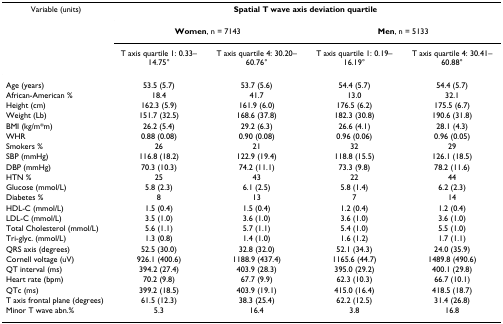
<table><thead><tr><td><b>Variable (units)</b></td><td colspan="4"><b>Spatial T wave axis deviation quartile</b></td></tr><tr><td></td><td colspan="2"><b>Women, n = 7143</b></td><td colspan="2"><b>Men, n = 5133</b></td></tr><tr><td></td><td><b>T axis quartile 1: 0.33–14.75°</b></td><td><b>T axis quartile 4: 30.20–60.76°</b></td><td><b>T axis quartile 1: 0.19–16.19°</b></td><td><b>T axis quartile 4: 30.41–60.88°</b></td></tr></thead><tbody><tr><td>Age (years)</td><td>53.5 (5.7)</td><td>53.7 (5.6)</td><td>54.4 (5.7)</td><td>54.4 (5.7)</td></tr><tr><td>African-American %</td><td>18.4</td><td>41.7</td><td>13.0</td><td>32.1</td></tr><tr><td>Height (cm)</td><td>162.3 (5.9)</td><td>161.9 (6.0)</td><td>176.5 (6.2)</td><td>175.5 (6.7)</td></tr><tr><td>Weight (Lb)</td><td>151.7 (32.5)</td><td>168.6 (37.8)</td><td>182.3 (30.8)</td><td>190.6 (31.8)</td></tr><tr><td>BMI (kg/m*m)</td><td>26.2 (5.4)</td><td>29.2 (6.3)</td><td>26.6 (4.1)</td><td>28.1 (4.3)</td></tr><tr><td>WHR</td><td>0.88 (0.08)</td><td>0.90 (0.08)</td><td>0.96 (0.06)</td><td>0.96 (0.05)</td></tr><tr><td>Smokers %</td><td>26</td><td>21</td><td>32</td><td>29</td></tr><tr><td>SBP (mmHg)</td><td>116.8 (18.2)</td><td>122.9 (19.4)</td><td>118.8 (15.5)</td><td>126.1 (18.5)</td></tr><tr><td>DBP (mmHg)</td><td>70.3 (10.3)</td><td>74.2 (11.1)</td><td>73.3 (9.8)</td><td>78.2 (11.6)</td></tr><tr><td>HTN %</td><td>25</td><td>43</td><td>22</td><td>44</td></tr><tr><td>Glucose (mmol/L)</td><td>5.8 (2.3)</td><td>6.1 (2.5)</td><td>5.8 (1.4)</td><td>6.2 (2.3)</td></tr><tr><td>Diabetes %</td><td>8</td><td>13</td><td>7</td><td>14</td></tr><tr><td>HDL-C (mmol/L)</td><td>1.5 (0.4)</td><td>1.5 (0.4)</td><td>1.2 (0.4)</td><td>1.2 (0.4)</td></tr><tr><td>LDL-C (mmol/L)</td><td>3.5 (1.0)</td><td>3.6 (1.0)</td><td>3.6 (1.0)</td><td>3.6 (1.0)</td></tr><tr><td>Total Cholesterol (mmol/L)</td><td>5.6 (1.1)</td><td>5.7 (1.1)</td><td>5.4 (1.0)</td><td>5.5 (1.0)</td></tr><tr><td>Tri-glyc. (mmol/L)</td><td>1.3 (0.8)</td><td>1.4 (1.0)</td><td>1.6 (1.2)</td><td>1.7 (1.1)</td></tr><tr><td>QRS axis (degrees)</td><td>52.5 (30.0)</td><td>32.8 (32.0)</td><td>52.1 (34.3)</td><td>24.0 (35.9)</td></tr><tr><td>Cornell voltage (uV)</td><td>926.1 (400.6)</td><td>1188.9 (437.4)</td><td>1165.6 (44.7)</td><td>1489.8 (490.6)</td></tr><tr><td>QT interval (ms)</td><td>394.2 (27.4)</td><td>403.9 (28.3)</td><td>395.0 (29.2)</td><td>400.1 (29.8)</td></tr><tr><td>Heart rate (bpm)</td><td>70.2 (9.8)</td><td>67.7 (9.9)</td><td>62.3 (10.3)</td><td>66.7 (10.1)</td></tr><tr><td>QTc (ms)</td><td>399.2 (18.5)</td><td>403.9 (19.1)</td><td>415.0 (16.4)</td><td>418.5 (18.7)</td></tr><tr><td>T axis frontal plane (degrees)</td><td>61.5 (12.3)</td><td>38.3 (25.4)</td><td>62.2 (12.5)</td><td>31.4 (26.8)</td></tr><tr><td>Minor T wave abn.%</td><td>5.3</td><td>16.4</td><td>3.8</td><td>16.8</td></tr></tbody></table>